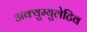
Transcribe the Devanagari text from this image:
अक्युम्युलेटिव